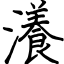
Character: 瀁